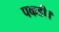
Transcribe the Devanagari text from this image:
पकडी।